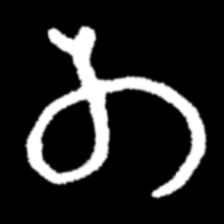
Pyu character \u2014 Myanmar letter: တ (romanized: ta)